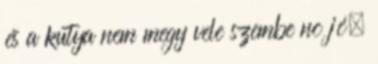
és a kutya nem megy vele szembe no jó,